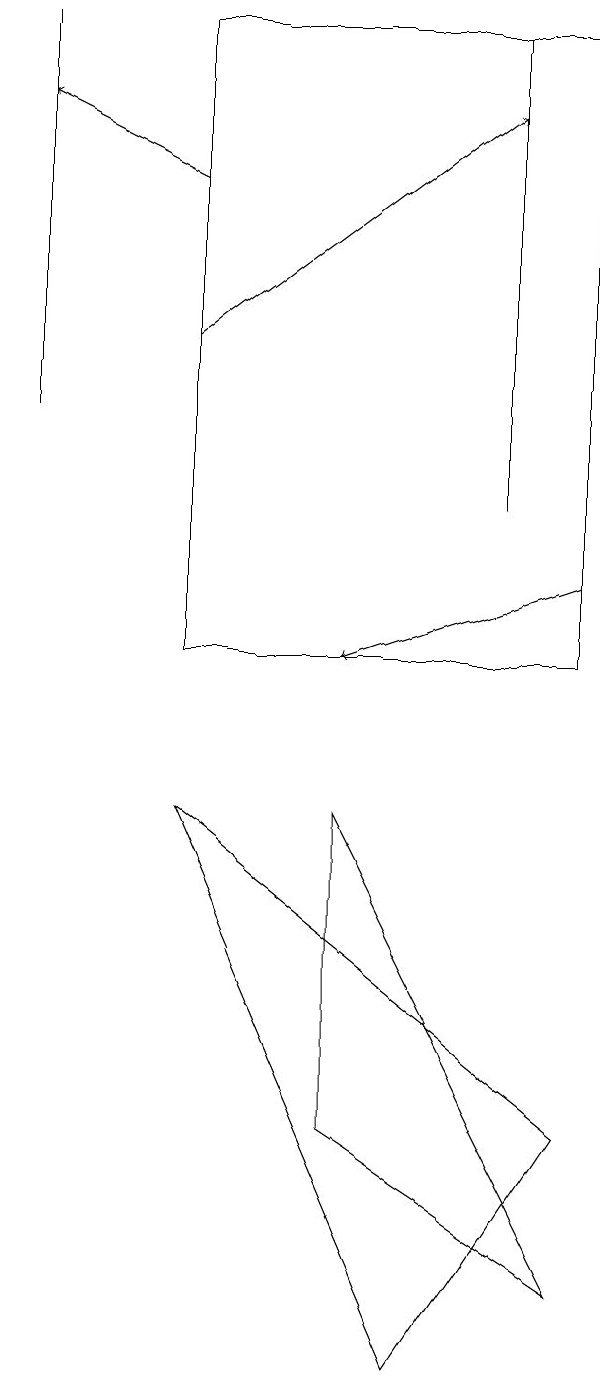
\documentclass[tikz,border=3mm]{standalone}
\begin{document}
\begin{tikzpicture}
\draw[->] (9,12) -- (6,11);
\draw (7,2) -- (4,9) -- (9,5) -- cycle;
\draw (2,19) rectangle (2,14);
\draw (6,9) -- (9,3) -- (6,5) -- cycle;
\draw[->] (4,15) -- (8,18);
\draw (4,19) rectangle (9,11);
\draw[->] (4,17) -- (2,18);
\draw (8,19) rectangle (8,13);
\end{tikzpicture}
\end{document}